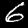
Label: 6